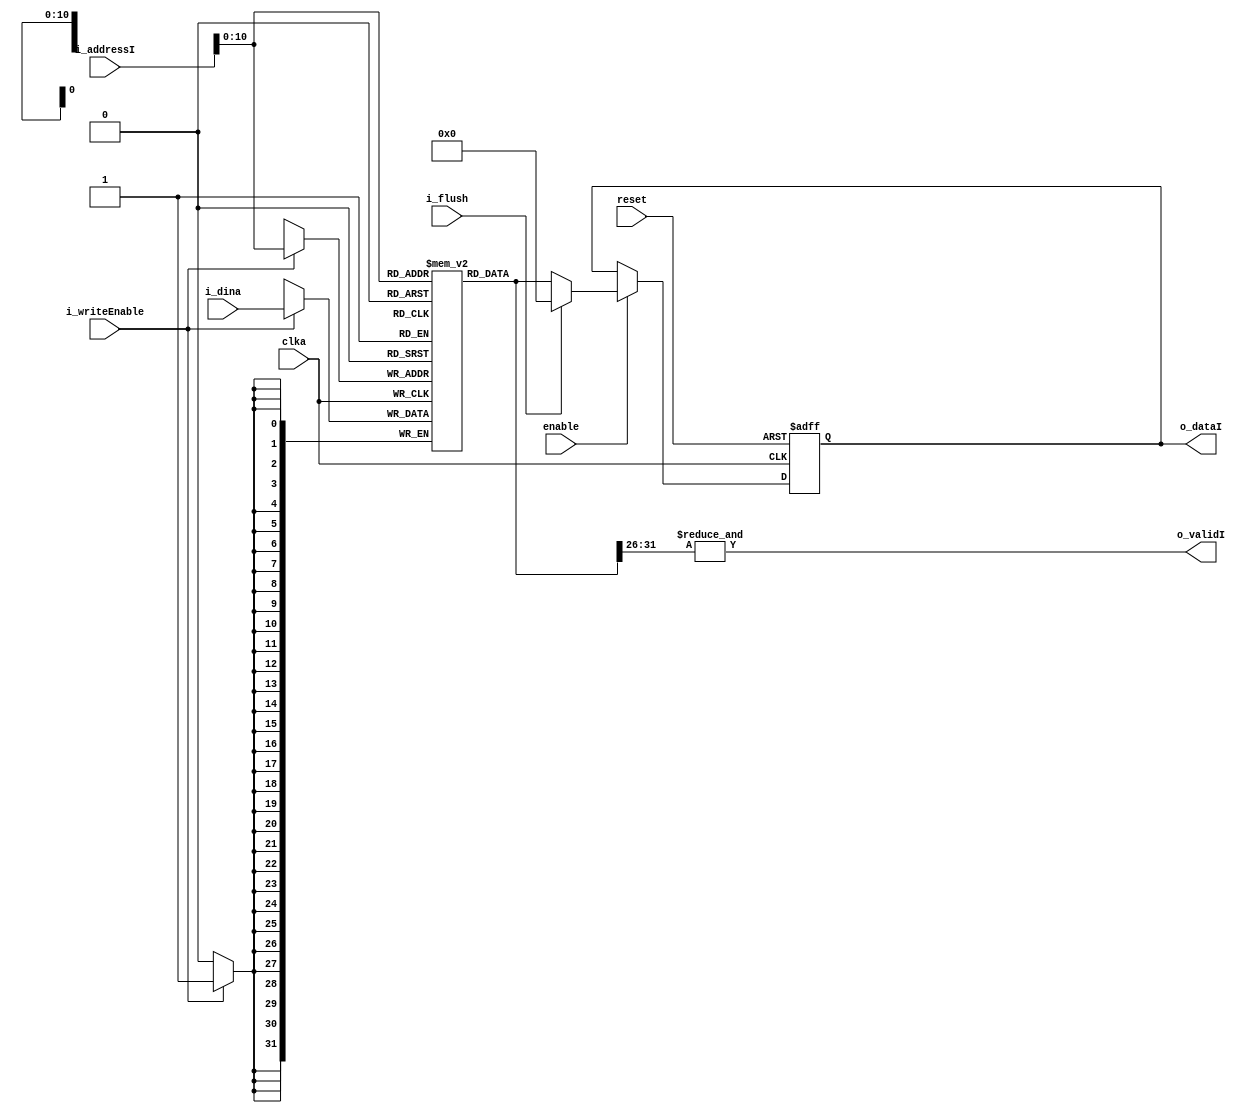
`timescale 1ns / 1ps
//////////////////////////////////////////////////////////////////////////////////
// Company: 
// Engineer: 
// 
// Design Name: 
// Module Name: INSTRUCTION_RAM
// Project Name: 
// Target Devices: 
// Tool Versions: 
// Description: 
// 
// Dependencies: 
// 
// Revision:
// Revision 0.01 - File Created
// Additional Comments:
// 
//////////////////////////////////////////////////////////////////////////////////


module INSTRUCTION_RAM #(
  parameter RAM_WIDTH = 32,                       // Ancho de la palabra
  parameter RAM_DEPTH = 2048,                     // Profundidad (numero de entradas)
  parameter INIT_FILE = ""                        // ruta program
) (
  input [RAM_WIDTH-1:0] i_addressI,            
  input clka,                             
  input enable,                              
  input i_flush,
  input reset,
  output [RAM_WIDTH-1:0] o_dataI,           
  output o_validI,       // ultima instruccion FFFF
  input [RAM_WIDTH-1:0] i_dina,
  input i_writeEnable
);


  reg [RAM_WIDTH-1:0] r_matrixIRAM [RAM_DEPTH-1:0]; 
  reg [RAM_WIDTH-1:0] r_instructionRAM = {RAM_WIDTH{1'b0}};

  assign o_validI = &r_matrixIRAM[i_addressI][RAM_WIDTH-1:RAM_WIDTH-6];  
   // verifica si el opcode es 111111, si lo hace haltflag (final de instrucciones FFFF) . Hace & (AND) bit a bit de los bits 31 al 26 de la PC 
   
 
  generate
    if (INIT_FILE != "") begin: use_init_file
      initial
        //$readmemh(INIT_FILE, r_matrixIRAM, 0, RAM_DEPTH-1);
        $readmemb(INIT_FILE, r_matrixIRAM, 0, RAM_DEPTH-1);
    end else begin: init_bram_to_zero
      integer ram_index;
      initial
        for (ram_index = 0; ram_index < RAM_DEPTH; ram_index = ram_index + 1)
          r_matrixIRAM[ram_index] = {RAM_WIDTH{1'b0}};
    end
  endgenerate

  always @(posedge clka) begin
	if (i_writeEnable) begin
	   r_matrixIRAM[i_addressI] <= i_dina;  //escribe en memorio de instrucciones
	end 
  end


  always @(posedge clka, posedge reset)
  begin
		if(reset) begin
			r_instructionRAM <= 0;
		end
		
		else if (enable)	begin //no hazard
				if(i_flush)
				    r_instructionRAM <= 0; //NOP
                else
                    r_instructionRAM <= r_matrixIRAM[i_addressI];
			end
  end

  assign o_dataI = r_instructionRAM;

endmodule